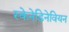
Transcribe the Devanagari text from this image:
स्केनेडिनेवियन